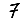
Digit: 7